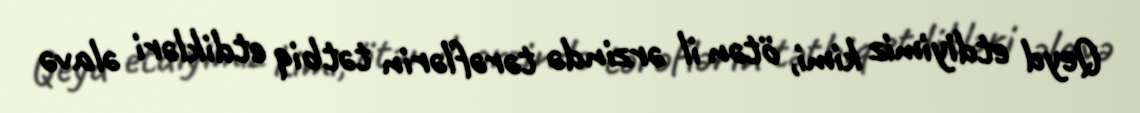
Qeyd etdiyimiz kimi, ötən il ərzində tərəflərin tətbiq etdikləri əlavə